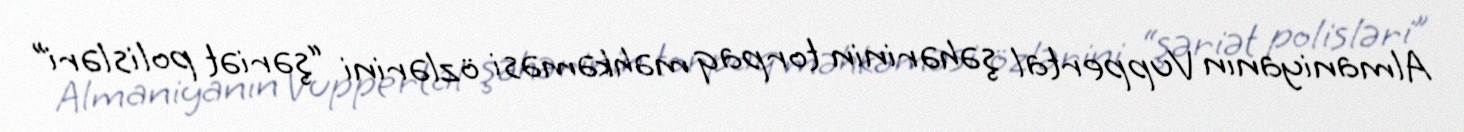
Almaniyanın Vuppertal şəhərinin torpaq məhkəməsi özlərini “şəriət polisləri”